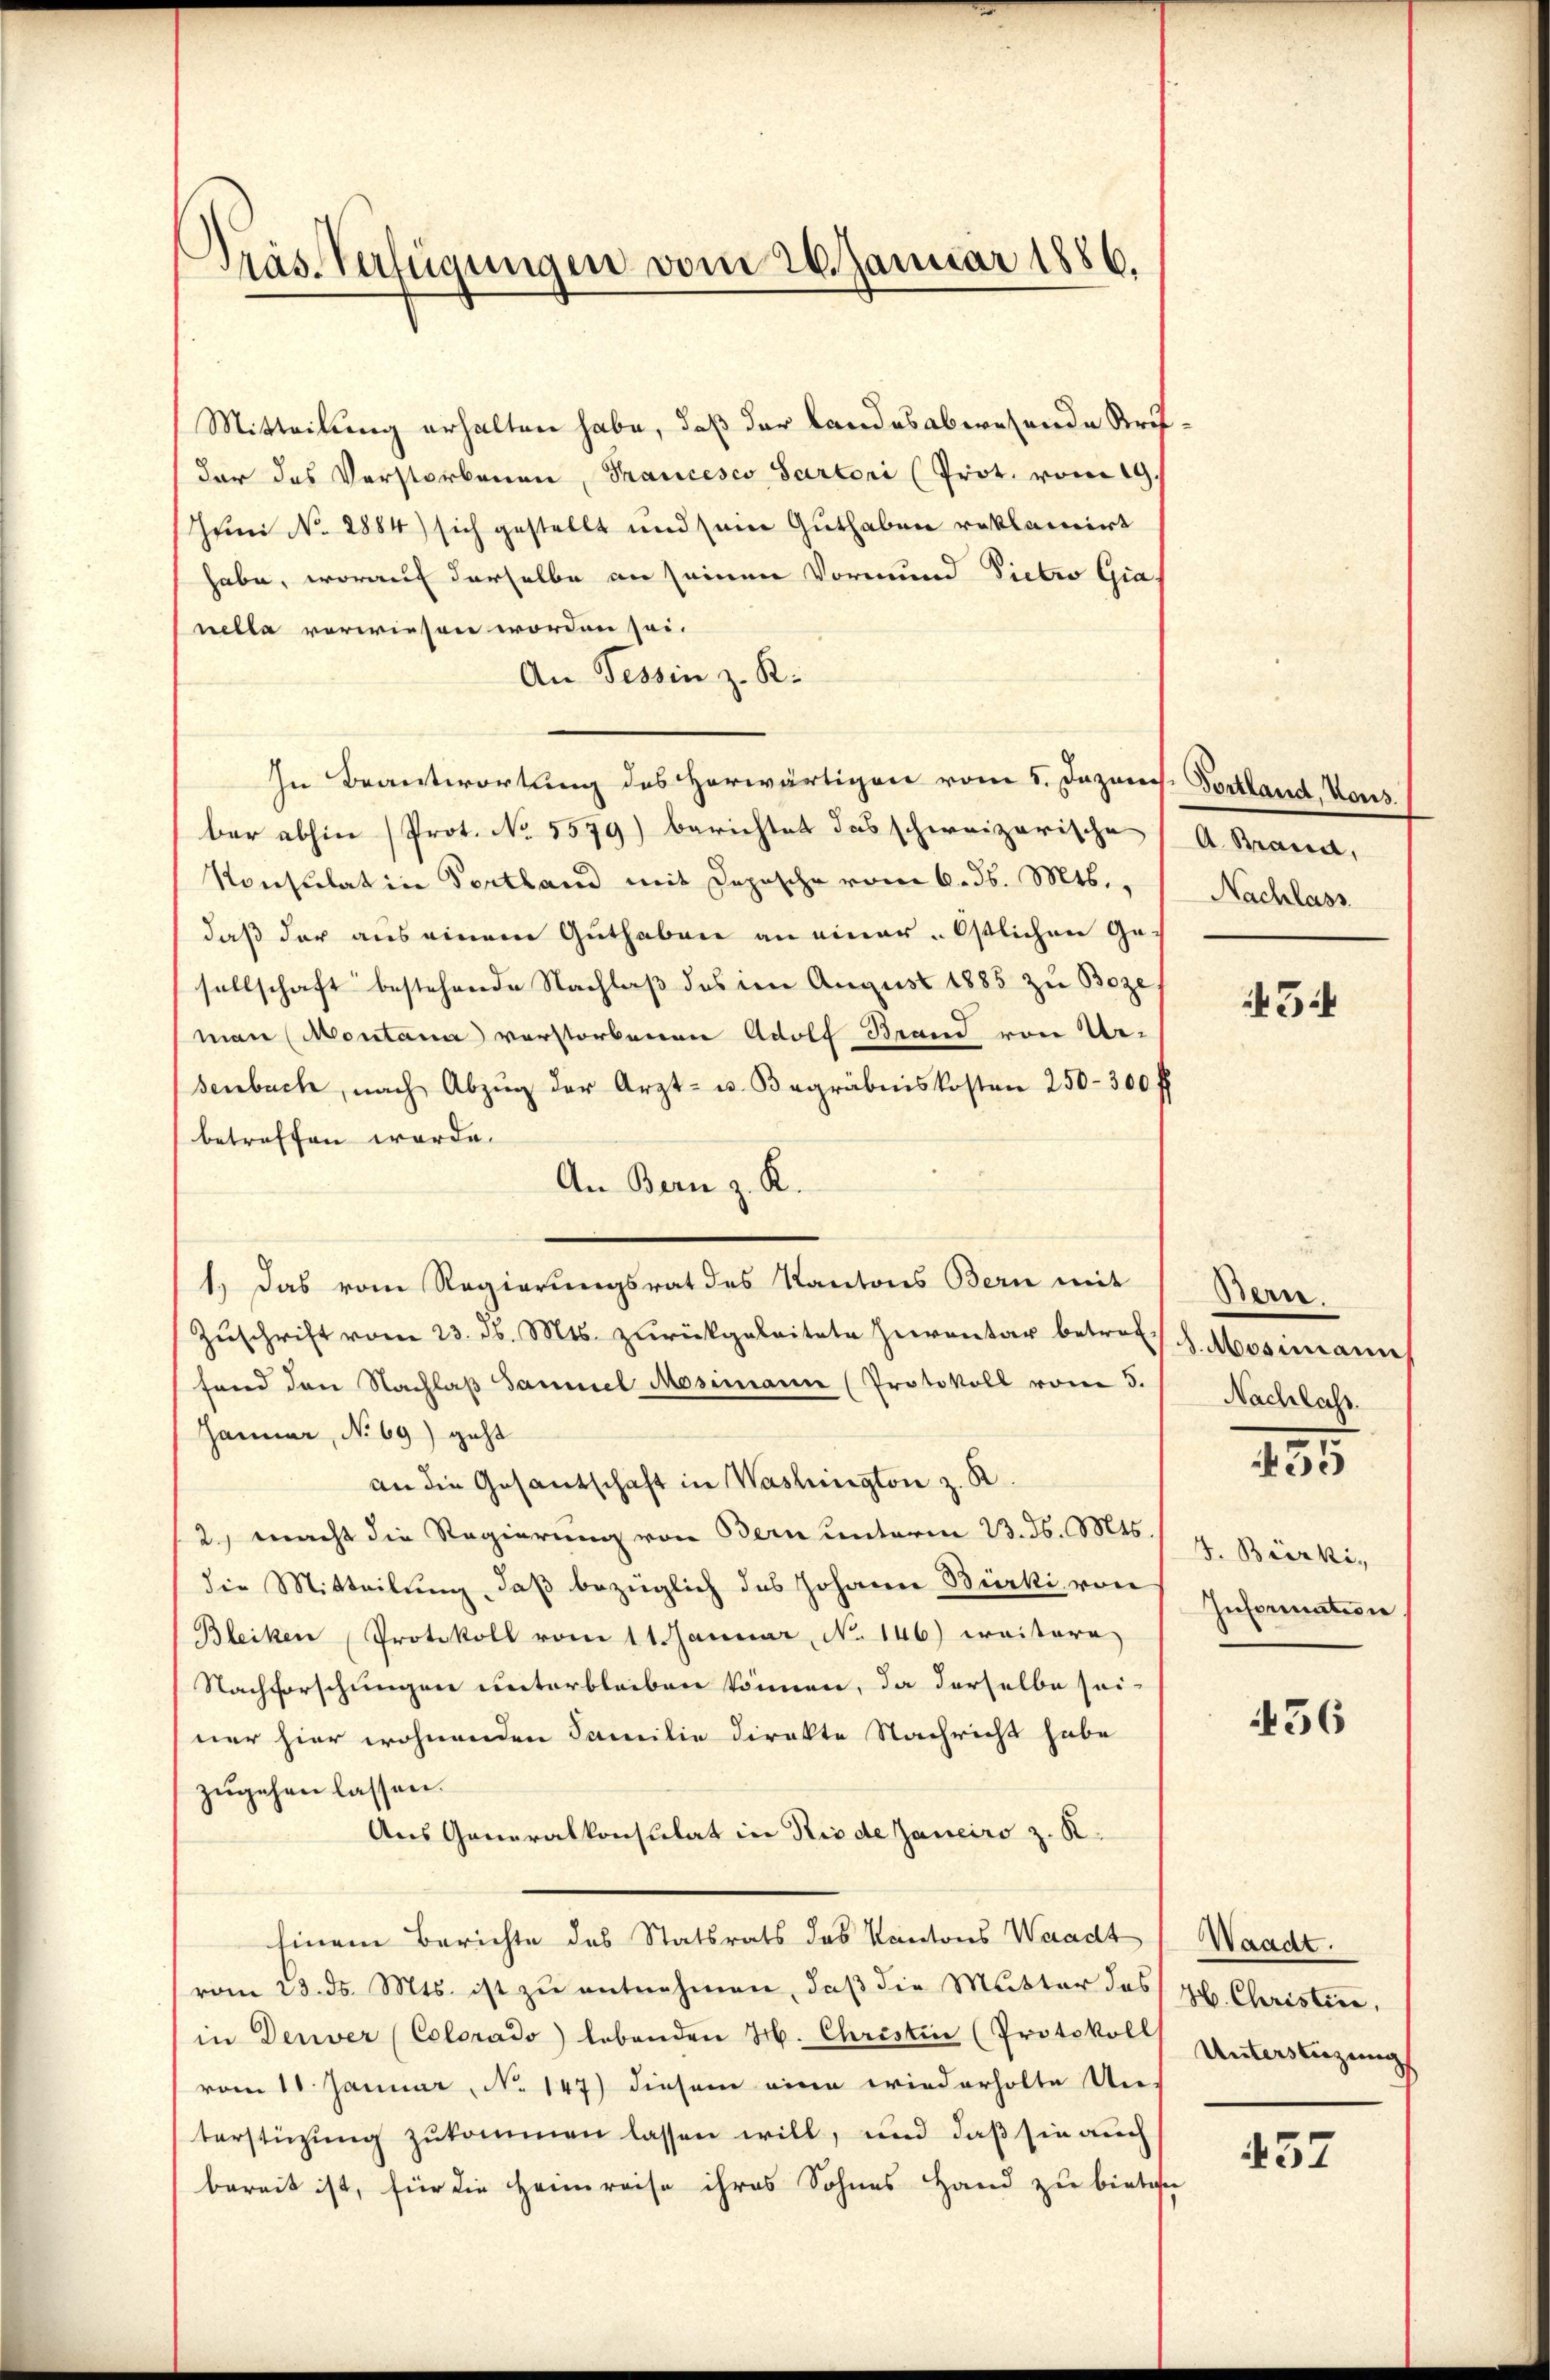
)
räs-Verfügungen vom 26. Januar 1886.

Mitteilung erhalten habe, daß der Landesabwesende Straf
dar das Verstorbenen, Francesco Partori (Prot. vom 19.
Juni No 2884) sich gestellt und sein Guthaben reklamirt
habe, worauf derselbe an seinen Vormund Dietro Gia
nella verwiesen worden sei.
An Tessin z. R.
In Beantwortung des herwärtigen vom 5. Dezens. Fortland, Vors
ber abhin (Prot. No. 5579) berichtet das schweizerische
Konsulat in Fortland mit Depesche vom 6. d. Mts.,
daß der aus einem Guthaben an einer Ostlichen Gesellschaft bestehende Nachlaß des im August 1885 zu Boze
(man (Montana verstorbenen Adolf Brand von Ur-
senbach, nach Abzug der Arzt- u. Begräbniskosten 250–300 ff
betreffen werde.
An Bern z. K.
1.) Das vom Regierungsrat des Kantons Bern mit
Zŭschrift vom 23. d. Mts. zurückgeleitete Zeventar betref d. Mosimannes
fend den Nachlaß Sammel Mosimann (Protokoll vom 5.
Januar, No 69) geht
an die Gesantschaft in Washington z. R.
2, macht die Regierung von Bern unterm 23. ds. Mts. z. Bürki,
die Mitteilung, daß bezüglich das Johann Bürki, von
Bleiken Protokoll vom 11. Januar, No 146) weitere
Nachforschungen unterbleiben können, da derselbe sei-
ner hier wohnenden Familie direkte Nachricht habe
zugehen lassen.
Aus Generalkonsulat in Rio de Janeiro z. K.
Einem Berichte des Statsrats das Kantons Waadt
vom 23. ds. Mts. ist zu entnehmen, daß die Mutter das zu. Christire,
in Deuver (Colorado lebenden H. Christin (Protokoll
vom 11. Januar, No 147) diesem eine wiederholte Un-
terstüzung zukommen lassen will, und daß sie auch
bereit ist, für die Heimreise ihres Sohnes Hand zu bietigen

A. Brand.
Nachlass

54

Berr
Nachlass.

435

Information

436

Waadt.
Unterstüzung

457